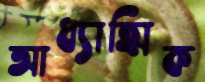
আধ্যাত্মিক